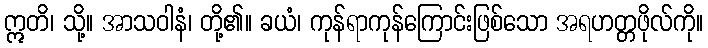
ဣတိ၊ သို့။ အာသဝါနံ၊ တို့၏။ ခယံ၊ ကုန်ရာကုန်ကြောင်းဖြစ်သော အရဟတ္တဖိုလ်ကို။